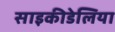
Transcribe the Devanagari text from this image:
साइकीडेलिया